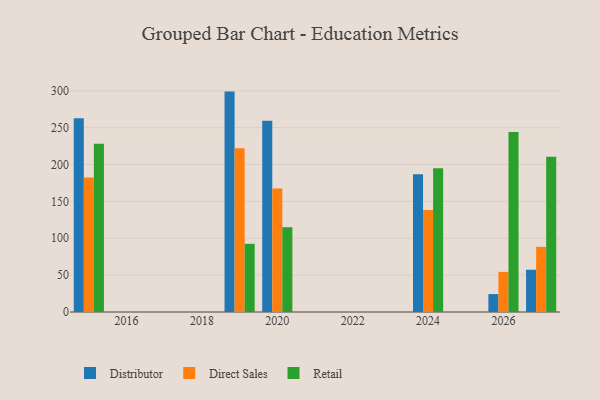
{"axis": {"x": "Year", "y": "Market Share (%)"}, "legend": ["Direct Sales", "Distributor", "Retail"], "data": [{"x": "2026", "y": 24.3, "type": "Distributor"}, {"x": "2026", "y": 54.4, "type": "Direct Sales"}, {"x": "2026", "y": 244.2, "type": "Retail"}, {"x": "2019", "y": 298.9, "type": "Distributor"}, {"x": "2019", "y": 222.0, "type": "Direct Sales"}, {"x": "2019", "y": 92.5, "type": "Retail"}, {"x": "2024", "y": 186.9, "type": "Distributor"}, {"x": "2024", "y": 138.2, "type": "Direct Sales"}, {"x": "2024", "y": 195.0, "type": "Retail"}, {"x": "2015", "y": 262.8, "type": "Distributor"}, {"x": "2015", "y": 182.5, "type": "Direct Sales"}, {"x": "2015", "y": 228.2, "type": "Retail"}, {"x": "2027", "y": 57.3, "type": "Distributor"}, {"x": "2027", "y": 88.3, "type": "Direct Sales"}, {"x": "2027", "y": 210.6, "type": "Retail"}, {"x": "2020", "y": 259.2, "type": "Distributor"}, {"x": "2020", "y": 167.6, "type": "Direct Sales"}, {"x": "2020", "y": 115.0, "type": "Retail"}]}